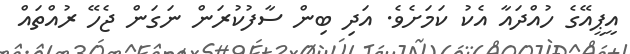
އީޕީއޭގެ ހުއްދައާ އެކު ކަމަށެވެ. އަދި ބިން ސާފުކުރަން ނަގަން ޖެހޭ ރުއްތައް